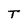
Character: T